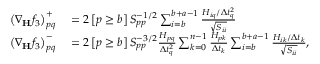
\begin{array} { r l } { \left( \nabla _ { \mathbf { H } } f _ { 3 } \right) _ { p q } ^ { + } } & { { } = 2 \left[ p \ge b \right] S _ { p p } ^ { - 1 / 2 } \sum _ { i = b } ^ { b + a - 1 } \frac { H _ { i q } / \Delta t _ { q } ^ { 2 } } { \sqrt { S _ { i i } } } } \\ { \left( \nabla _ { \mathbf { H } } f _ { 3 } \right) _ { p q } ^ { - } } & { { } = 2 \left[ p \ge b \right] S _ { p p } ^ { - 3 / 2 } \frac { H _ { p q } } { \Delta t _ { q } ^ { 2 } } \sum _ { k = 0 } ^ { n - 1 } \frac { H _ { p k } } { \Delta t _ { k } } \sum _ { i = b } ^ { b + a - 1 } \frac { H _ { i k } / \Delta t _ { k } } { \sqrt { S _ { i i } } } , } \end{array}